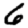
Digit: 6